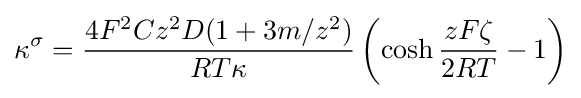
{\kappa }^{\sigma }={\frac {4F^{2}Cz^{2}D(1+3m/z^{2})}{RT\kappa }}\left(\cosh {\frac {zF\zeta }{2RT}}-1\right)